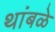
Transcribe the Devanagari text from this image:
थांबळे